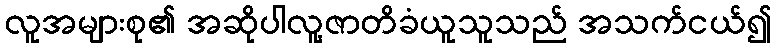
လူအများစု၏ အဆိုပါလူ့ဇာတိခံယူသူသည် အသက်ငယ်၍